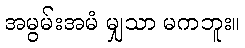
အမွမ်းအမံ မျှသာ မကဘူး။